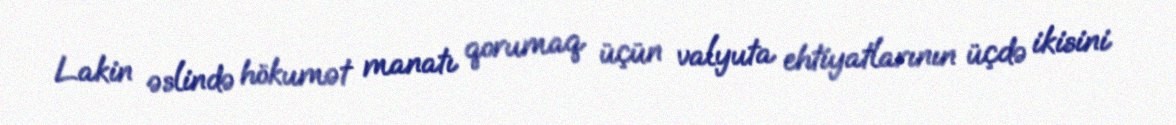
Lakin əslində hökumət manatı qorumaq üçün valyuta ehtiyatlarının üçdə ikisini